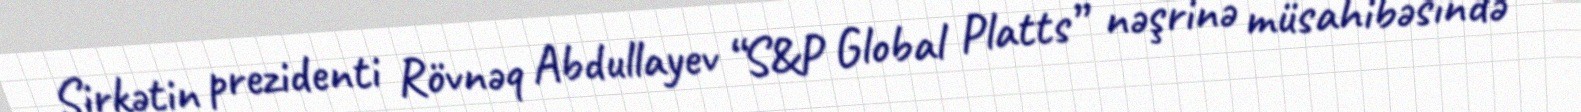
Şirkətin prezidenti Rövnəq Abdullayev “S&P Global Platts” nəşrinə müsahibəsində